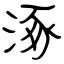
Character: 涿